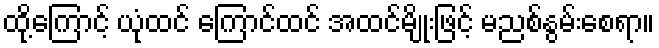
ထို့ကြောင့် ယုံထင် ကြောင်ထင် အထင်မျိုးဖြင့် မညစ်နွမ်းစေရာ။